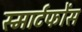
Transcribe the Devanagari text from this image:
स्मार्टफोंस